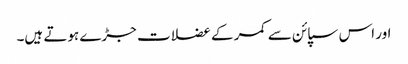
اور اس سپائن سے کمر کے عضلات جڑے ہوتے ہیں۔